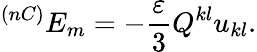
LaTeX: ^{(nC)}E_{m}=-\frac{\varepsilon}3Q^{kl}u_{kl}.